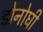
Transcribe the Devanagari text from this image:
डोनोघी